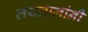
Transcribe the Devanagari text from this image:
लयतालांनी